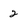
Character: 2